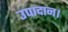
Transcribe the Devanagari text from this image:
उपादान।